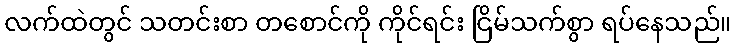
လက်ထဲတွင် သတင်းစာ တစောင်ကို ကိုင်ရင်း ငြိမ်သက်စွာ ရပ်နေသည်။